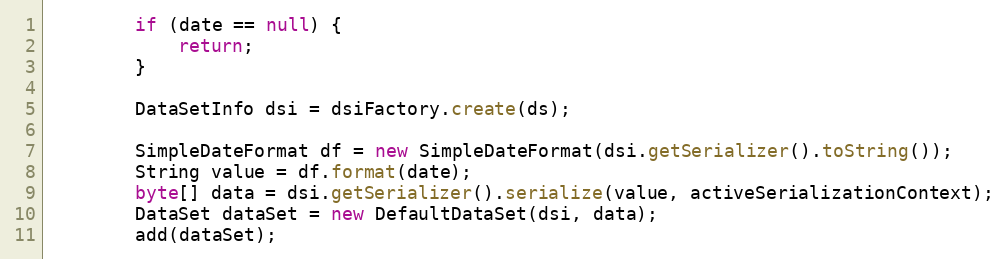
Language: Java
		if (date == null) {
			return;
		}

		DataSetInfo dsi = dsiFactory.create(ds);

		SimpleDateFormat df = new SimpleDateFormat(dsi.getSerializer().toString());
		String value = df.format(date);
		byte[] data = dsi.getSerializer().serialize(value, activeSerializationContext);
		DataSet dataSet = new DefaultDataSet(dsi, data);
		add(dataSet);